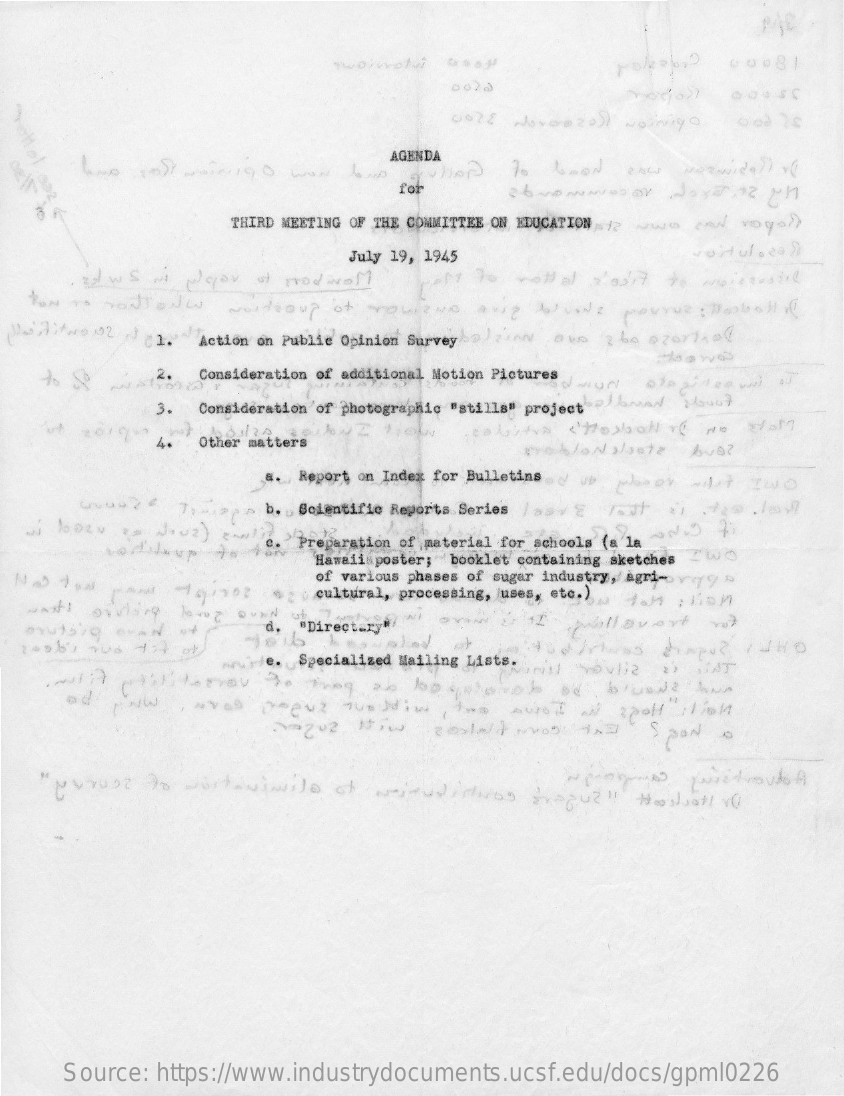
PAC
     0023
     two to) weinig O www
     AGENDA
     70 6mon
     for
     THIRD MEETING OF THE COMMITTEE ON EDUCATION /> www ww royo ??
     July 19, 1945    vortuloea )
     . 32 WS we Hear st prod well
   tom To SONTONW  wortsoup of  QueNo
  Minitwo12 . 1. Action on Public Opinion Survey Ou 2 60 ozorita
     Consideration of additional Motion Pictures
     3.  Consideration of photographic "stills" project " u}
    ut zongu 4. Other matters
     a. Report on Index for Bulletins .. > > - TWO
     7 .- > > b. Scientific Reports Series
     bozw <  div?)    c. Preparation of material for schools (a la
     Hawaiisposter; booklet containing sketches WO
     of various phases of sugar industry, agri-vy
  wants ofvling terug Qund ut
     cultural, processing, uses, etc.)
     d. "Directory    wallavert
     of
     anje.  Specialized Mailing Lists.
     PNW,   NYOD
     Spor  o
   " NETUDE to worteNimilo  of war udiniNos tropu ?!! " Hostsatt vy
     Source: https://www.industrydocuments.ucsf.edu/docs/gpml0226